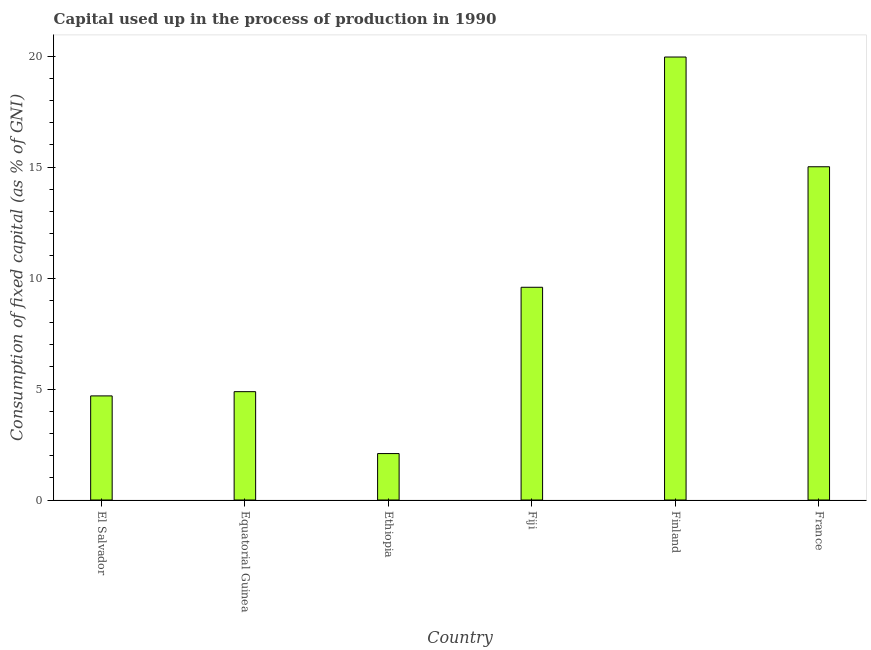
| Country | Consumption of fixed capital |
 | --- | --- |
 | El Salvador | 4.69 |
 | Equatorial Guinea | 4.88 |
 | Ethiopia | 2.09 |
 | Fiji | 9.58 |
 | Finland | 20 |
 | France | 15 |